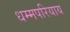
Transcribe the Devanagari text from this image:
धम्मपरियाय